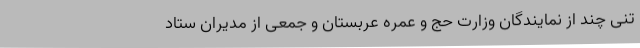
تنی چند از نمایندگان وزارت حج و عمره عربستان و جمعی از مدیران ستاد